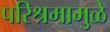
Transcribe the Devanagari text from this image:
परिश्रमामुळे